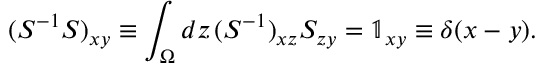
( S ^ { - 1 } S ) _ { x y } \equiv \int _ { \Omega } d z \, ( S ^ { - 1 } ) _ { x z } S _ { z y } = \mathbb { 1 } _ { x y } \equiv \delta ( x - y ) .